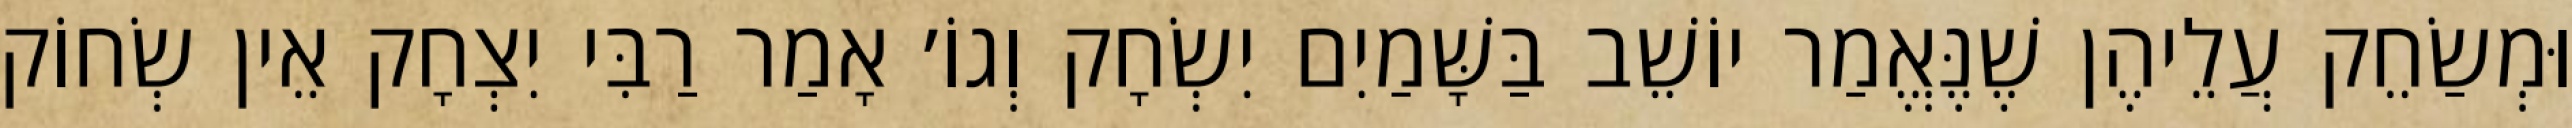
וּמְשַׂחֵק עֲלֵיהֶן שֶׁנֶּאֱמַר יוֹשֵׁב בַּשָּׁמַיִם יִשְׂחָק וְגוֹ׳ אָמַר רַבִּי יִצְחָק אֵין שְׂחוֹק